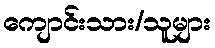
ကျောင်းသား/သူများ